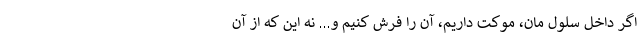
اگر داخل سلول مان، موکت داریم، آن را فرش کنیم و... نه این که از آن